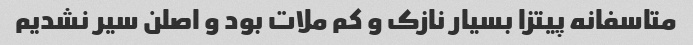
متاسفانه پیتزا بسیار نازک و کم ملات بود و اصلن سیر نشدیم